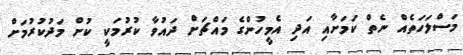
މަސްލަހަތެއް ނެތް ކަމަށާއި އަދި އެމީހުންގެ މައްޗަށް ދައުވާ ކުރުމަކީ ކުށް މަދުކުރުމަށް